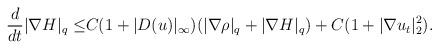
\begin{align*}\frac{d}{dt}|\nabla H|_q\leq& C(1+|D( u)|_\infty)(|\nabla \rho|_q+|\nabla H|_q)+C(1+|\nabla u_t|^2_2).\end{align*}